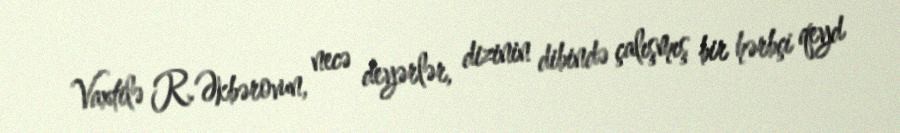
Vaxtilə R.Əkbərovun, necə deyərlər, dizinin dibində çalışmış bir hərbçi qeyd